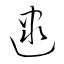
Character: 逮